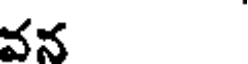
వన